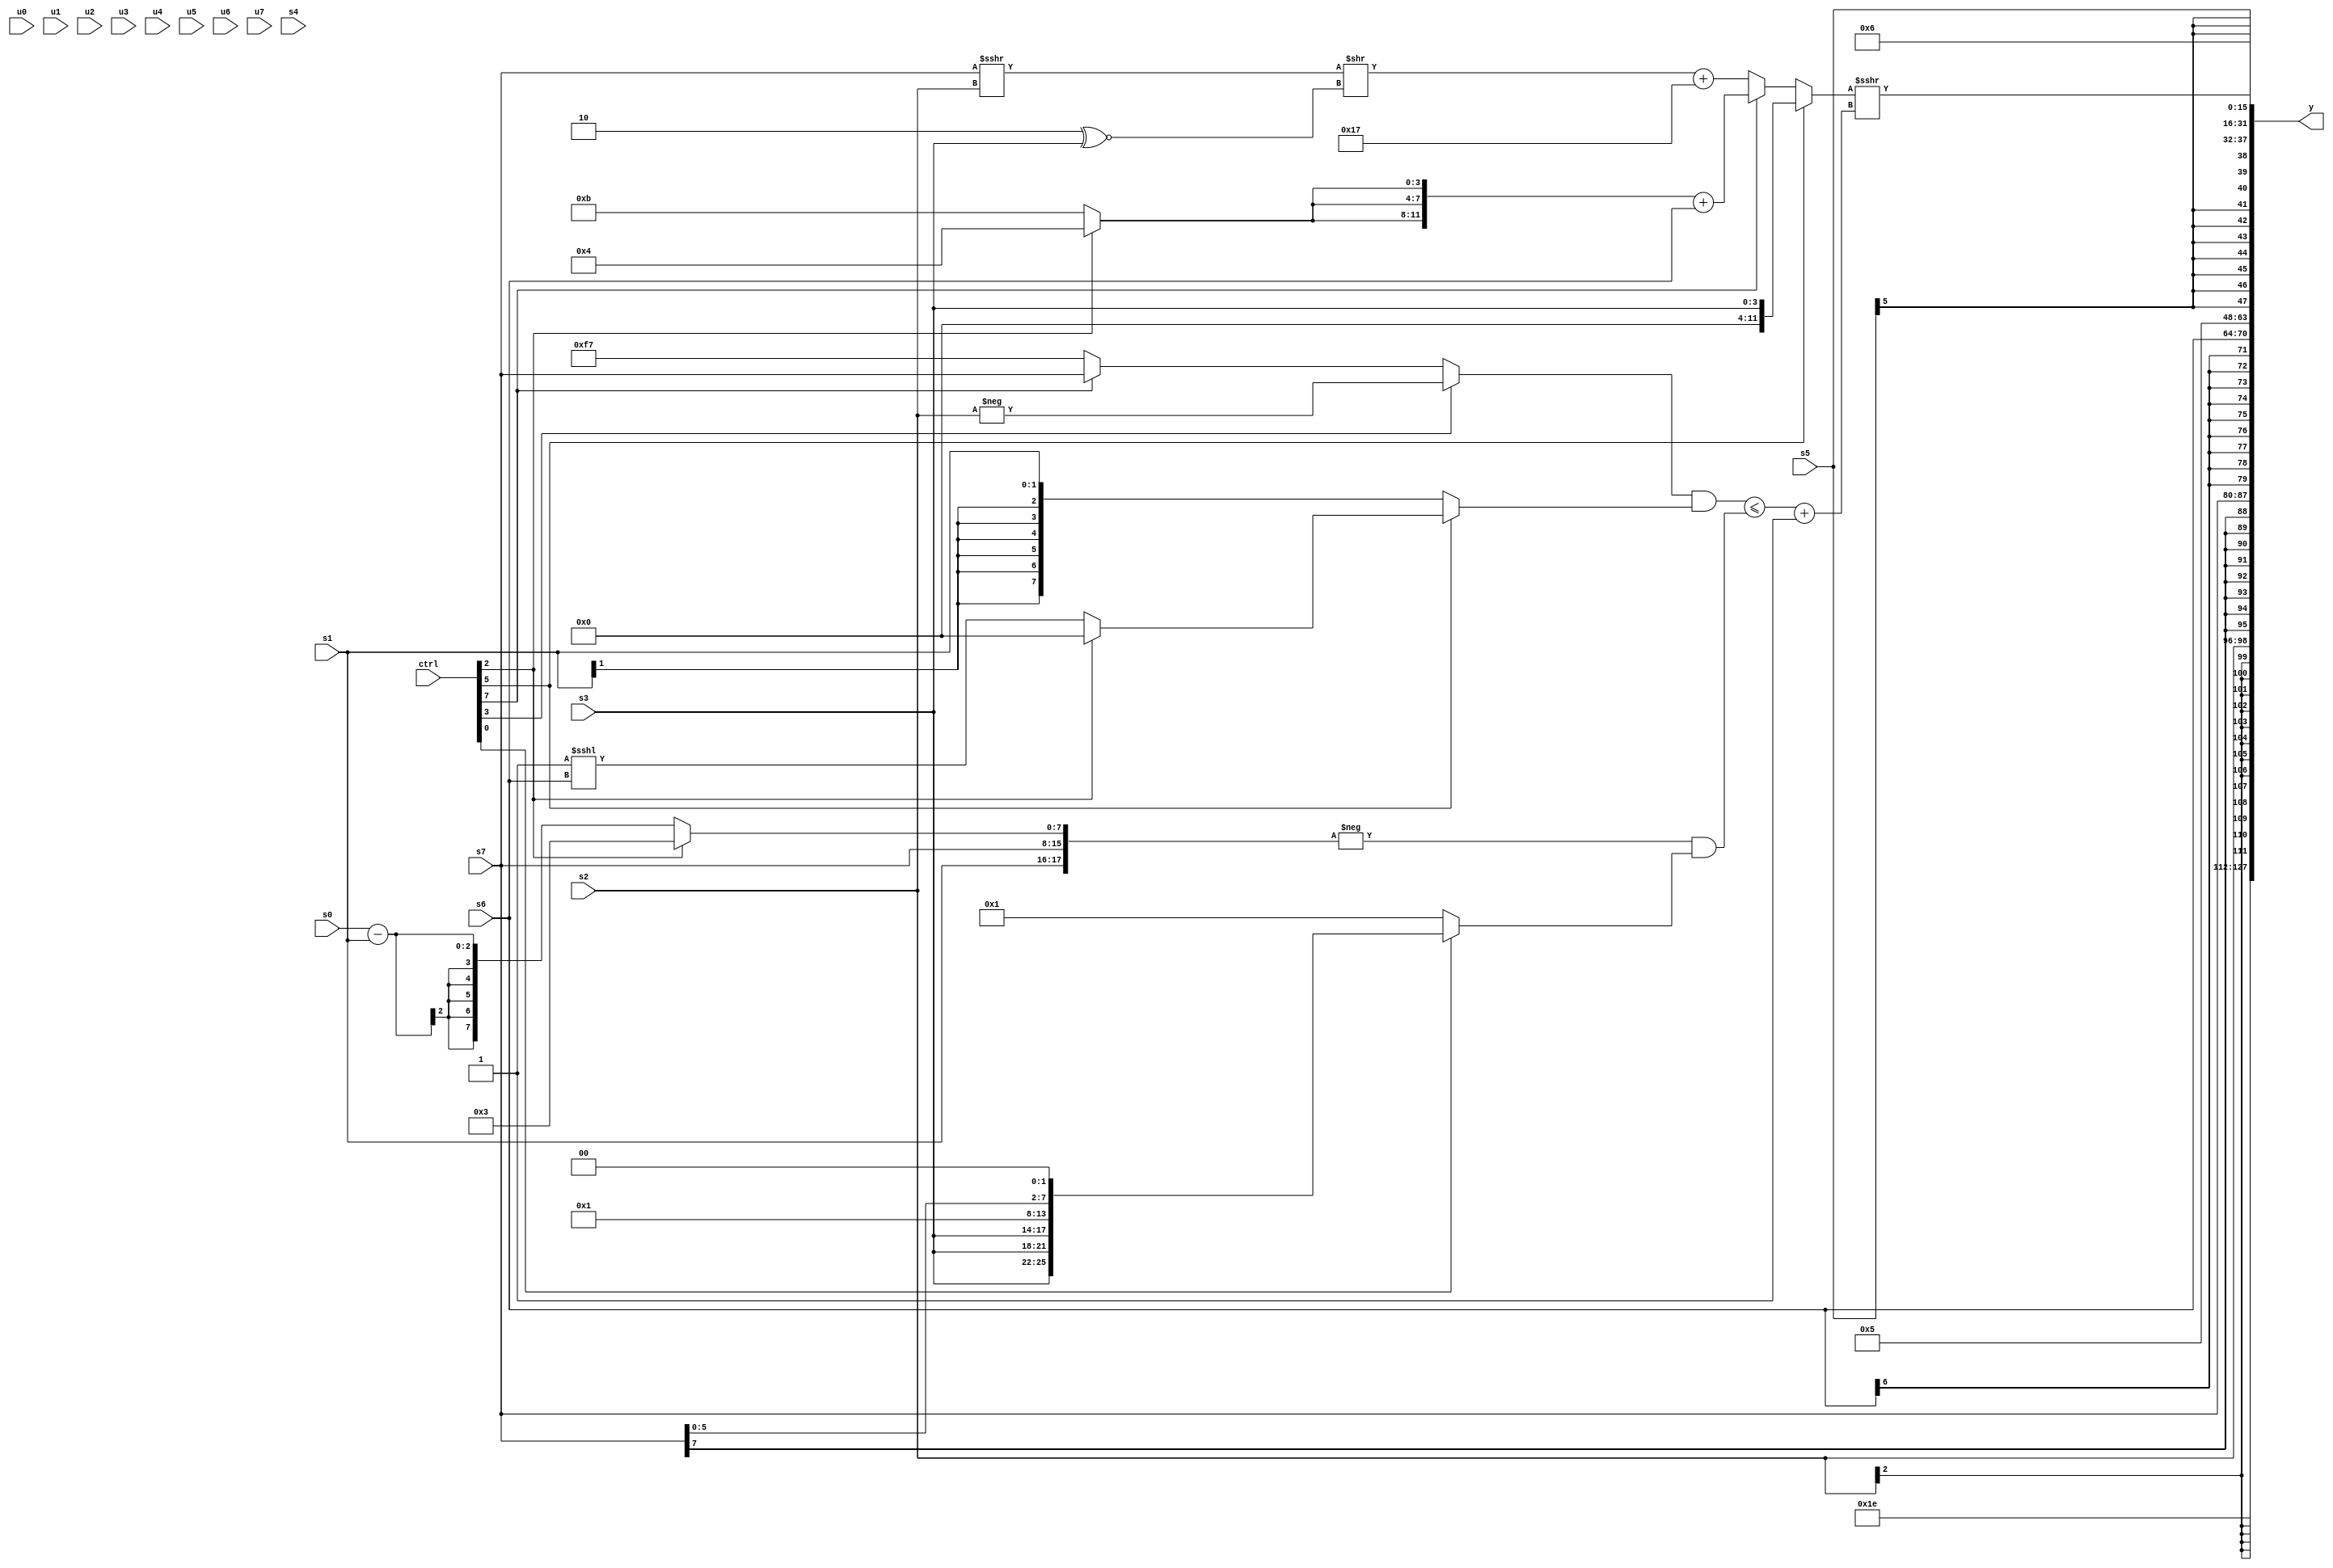
module wideexpr_00277(ctrl, u0, u1, u2, u3, u4, u5, u6, u7, s0, s1, s2, s3, s4, s5, s6, s7, y);
  input [7:0] ctrl;
  input [0:0] u0;
  input [1:0] u1;
  input [2:0] u2;
  input [3:0] u3;
  input [4:0] u4;
  input [5:0] u5;
  input [6:0] u6;
  input [7:0] u7;
  input signed [0:0] s0;
  input signed [1:0] s1;
  input signed [2:0] s2;
  input signed [3:0] s3;
  input signed [4:0] s4;
  input signed [5:0] s5;
  input signed [6:0] s6;
  input signed [7:0] s7;
  output [127:0] y;
  wire [15:0] y0;
  wire [15:0] y1;
  wire [15:0] y2;
  wire [15:0] y3;
  wire [15:0] y4;
  wire [15:0] y5;
  wire [15:0] y6;
  wire [15:0] y7;
  assign y = {y0,y1,y2,y3,y4,y5,y6,y7};
  assign y0 = +($signed(+($signed(6'sb011110))));
  assign y1 = s2;
  assign y2 = s7;
  assign y3 = $signed(s6);
  assign y4 = $signed(4'sb0101);
  assign y5 = s5;
  assign y6 = -(-(5'sb00110));
  assign y7 = ($unsigned($signed((ctrl[5]?s3:(ctrl[7]?(+({3{(ctrl[2]?4'sb0100:4'b1011)}}))+(s6):(((s7)>>>(s2))>>((-(4'sb0010))^~(s3)))+(6'sb010111))))))>>>(($signed(($signed(((ctrl[3]?-((s2)>>(1'sb0)):(ctrl[7]?s7:6'sb110111)))&((ctrl[5]?(ctrl[2]?(5'sb00000)>>(5'b11101):(1'sb1)<<<(s6)):s1))))<=((-({{$signed(1'sb0)},s1,$signed(s7),(ctrl[2]?(ctrl[2]?3'sb011:s7):(s0)-(s1))}))&((ctrl[0]?$signed({{3{s3}},$signed(4'sb0000),2'sb01,(s7)<<<(2'sb10)}):1'sb1)))))+(1'sb1));
endmodule